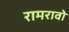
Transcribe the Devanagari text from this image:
रामरावो